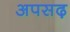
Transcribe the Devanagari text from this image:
अपसढ़